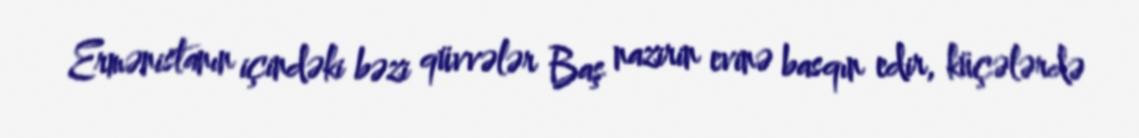
Ermənistanın içindəki bəzi qüvvələr Baş nazirin evinə basqın edir, küçələrdə